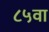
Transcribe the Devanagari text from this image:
८५वा